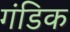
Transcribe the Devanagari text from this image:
गंडिक